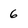
Character: 6